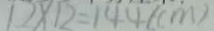
1 2 \times 1 2 = 1 4 4 ( c m )